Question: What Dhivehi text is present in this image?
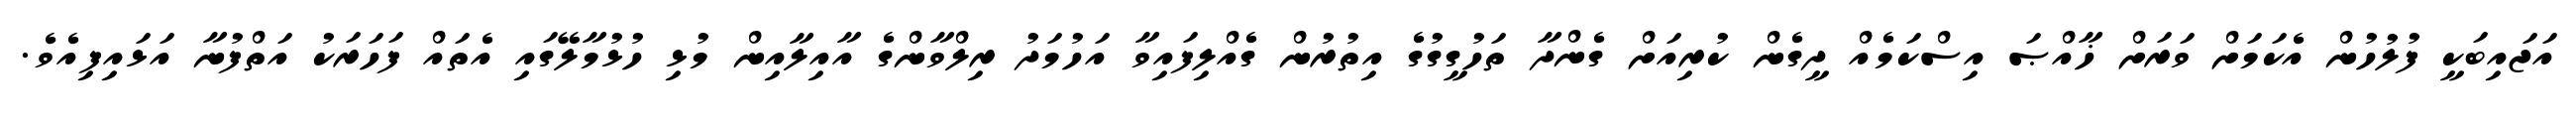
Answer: އަޖައިބަކީ ފުލުހުން އެކަމަށް ވަރަށް ޚާއްޞަ އިސްކަމެއް ދީގެން ކުރިއަށް ގެންދާ ތަހުގީގުގެ އިތުރުން ގެއްލިފައިވާ އަހުމަދު ރިލްވާންގެ އާއިލާއިން މުޅި ހުޅުމާލޭގައި އެތައް ފަހަރަކު އަތްފުނާ އަޅައިފިއެވެ.